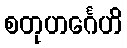
စတုဟင်္ဂေဟိ